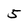
Character: 5